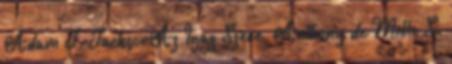
Adam J. JacksonAz Igaz Szere, Anthony de Mello S.